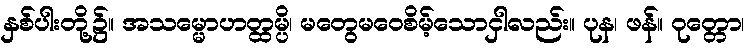
နှစ်ပါးတို့၌။ အသမ္မောဟတ္ထမ္ပိ၊ မတွေမဝေစိမ့်သောငှါလည်း။ ပုန၊ ဖန်။ ဝုတ္တော၊